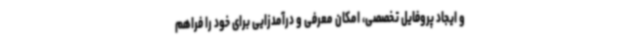
و ایجاد پروفایل تخصصی، امکان معرفی و درآمدزایی برای خود را فراهم